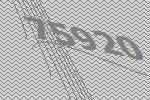
75920